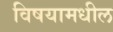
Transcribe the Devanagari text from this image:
विषयामधील